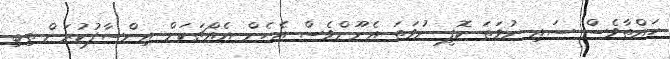
ހައްތާވެސް ސައި ނުވަތަ ކޮފީ ނުވަތަ އެނޫންވެސް އެހެން އެއްޗަކަށް އިންސާފުކުރަން ތިބި